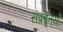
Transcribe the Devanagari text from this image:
संक्रांतियों